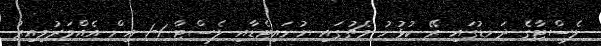
ލެސްޓާގެ ދަނޑުގައި ރޭ ކުޅުނު މެޗުގައި ޔުނައިޓެޑާއި ލެސްޓާ 1-1 އިން އެއްވަރުވިއިރު